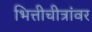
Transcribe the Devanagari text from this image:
भित्तीचीत्रांवर